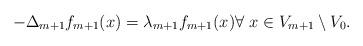
LaTeX: \begin{align*}-\Delta_{m+1} f_{m+1}(x) = \lambda_{m+1}f_{m+1}(x)\forall \ x\in V_{m+1}\setminus V_0. \end{align*}